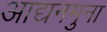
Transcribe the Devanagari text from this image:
आद्यनमुना